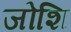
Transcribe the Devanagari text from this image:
जोशि